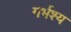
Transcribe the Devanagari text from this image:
गर्भश्य